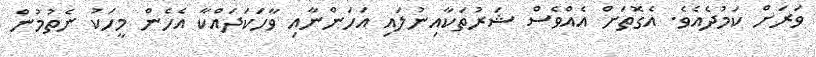
ވަރަށް ކަމުދެއެވެ. އެގޮތަށް އެއްވެސް ޝަރުތަކާއިނުލައި އަހަންނާއި ވާހަކަދައްކާ އެހެން މީހަކު ނެތުމުން